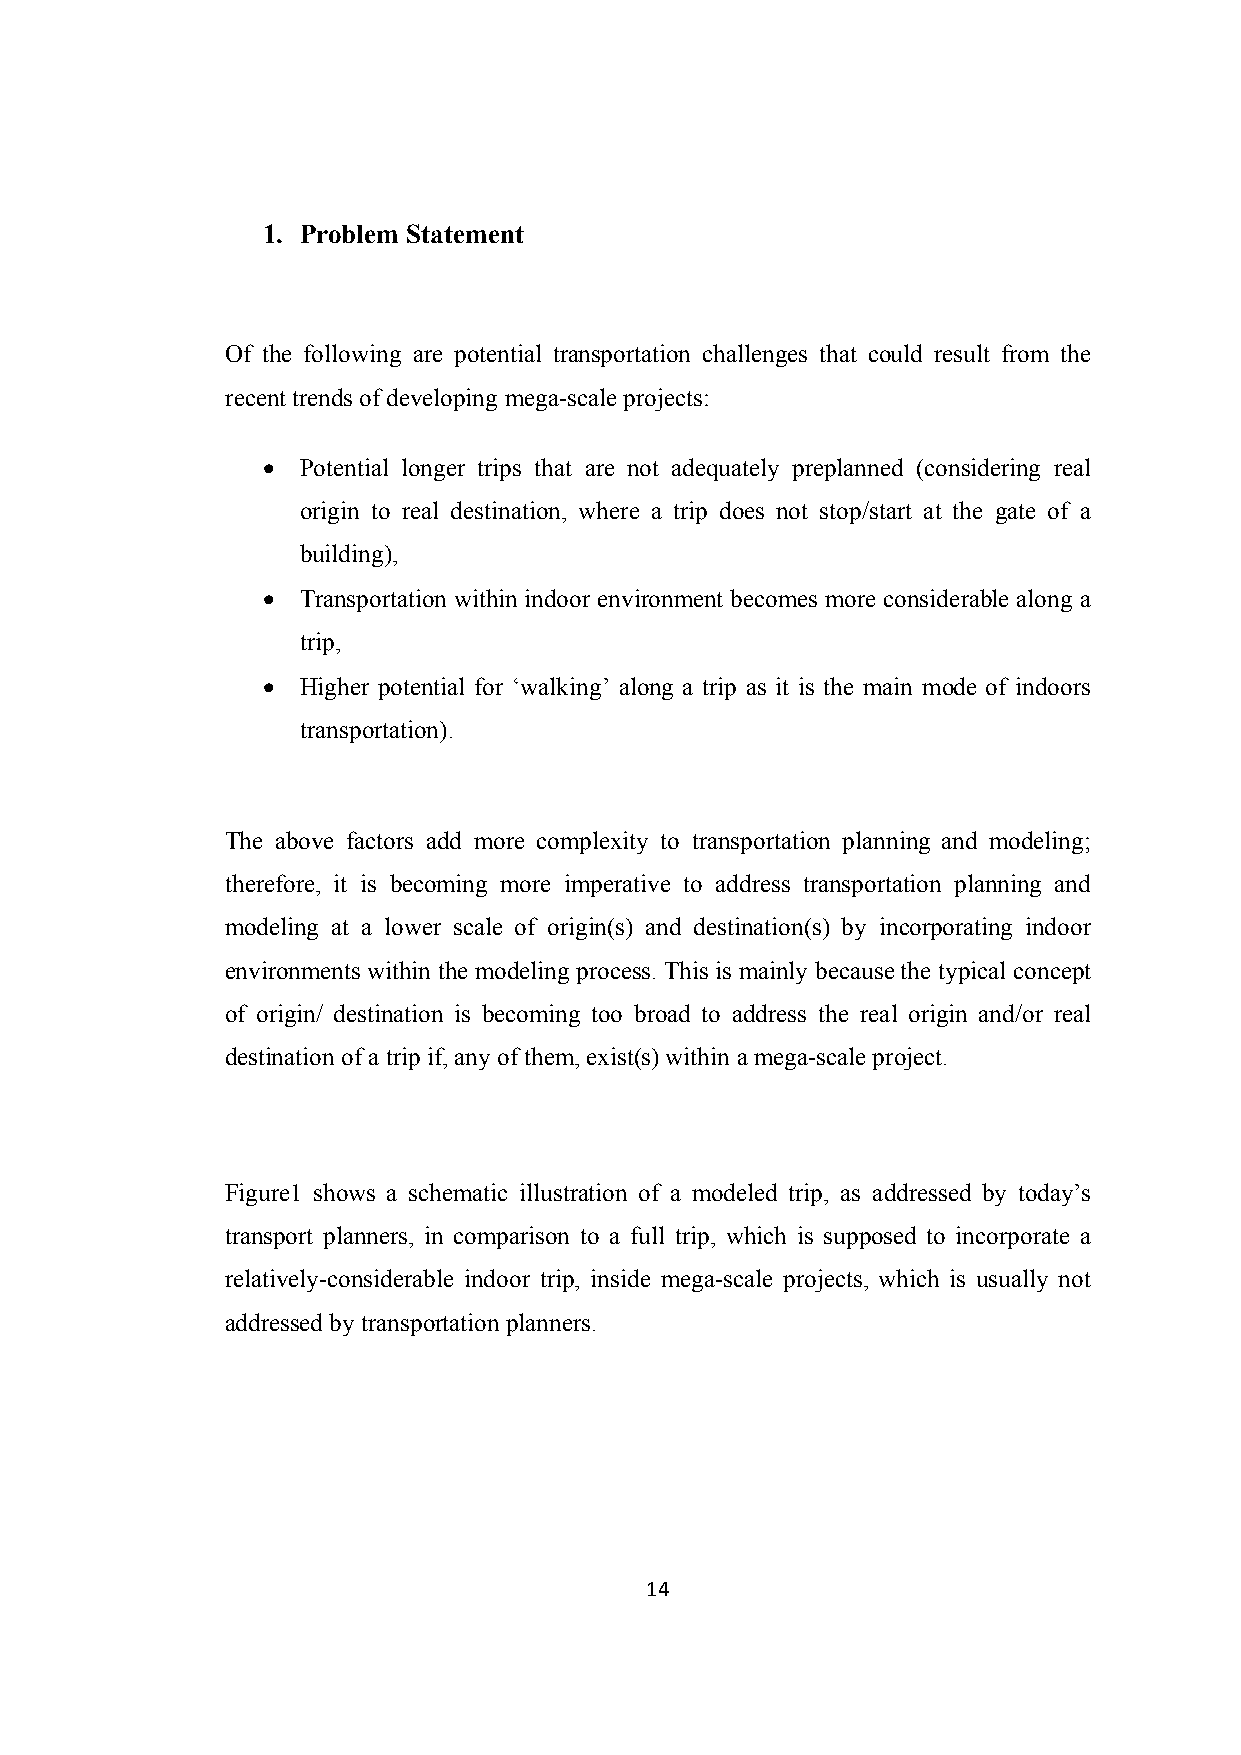
1. Problem Statement
 Of the following are potential transportation challenges that could result from the
 recent trends of developing mega-scale projects:
 •  Potential longer trips that are not adequately preplanned (considering real
 origin to real destination, where a trip does not stop/start at the gate of a
 building),
 •  Transportation within indoor environment becomes more considerable along a
 trip,
 •  Higher potential for ‘walking’ along a trip as it is the main mode of indoors
 transportation).
 The above factors add more complexity to transportation planning and modeling;
 therefore, it is becoming more imperative to address transportation planning and
 modeling at a lower scale of origin(s) and destination(s) by incorporating indoor
 environments within the modeling process. This is mainly because the typical concept
 of origin/ destination is becoming too broad to address the real origin and/or real
 destination of a trip if, any of them, exist(s) within a mega-scale project.
 Figure1 shows a schematic illustration of a modeled trip, as addressed by today’s
 transport planners, in comparison to a full trip, which is supposed to incorporate a
 relatively-considerable indoor trip, inside mega-scale projects, which is usually not
 addressed by transportation planners.
 14